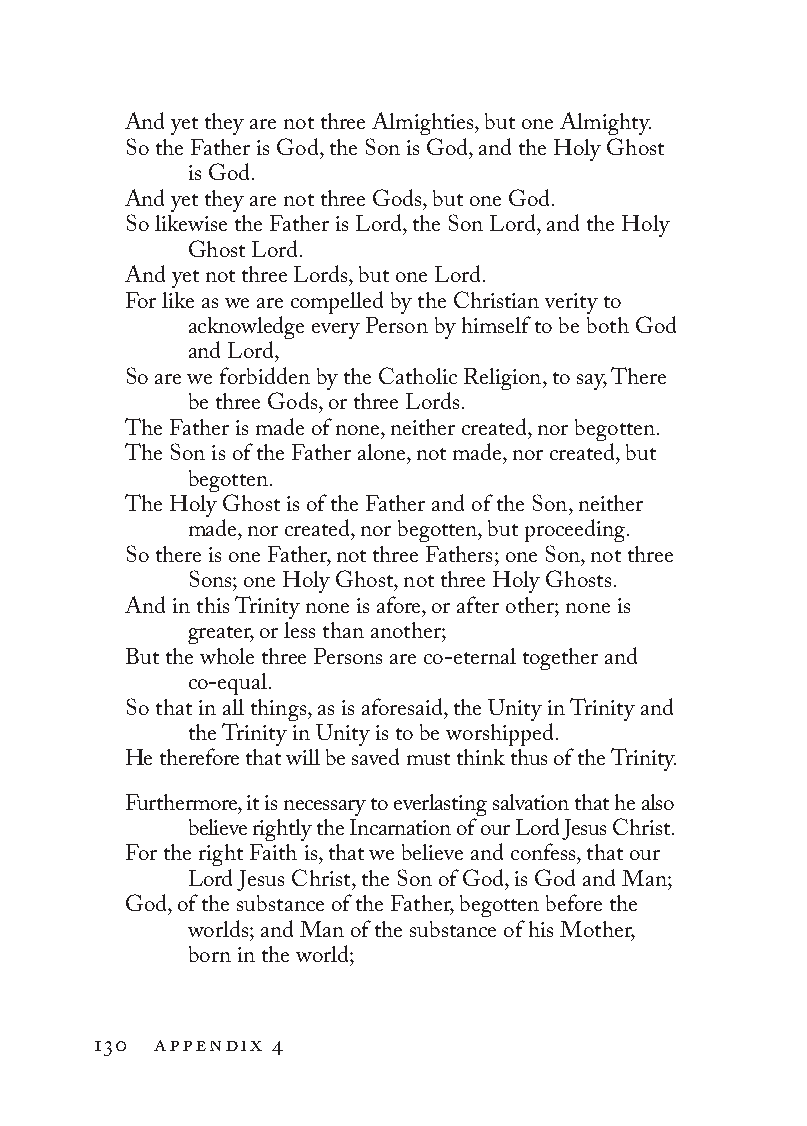
And yet they are not three Almighties, but one Almighty.
 So the Father is God, the Son is God, and the Holy Ghost
 is God.
 And yet they are not three Gods, but one God.
 So likewise the Father is Lord, the Son Lord, and the Holy
 Ghost Lord.
 And yet not three Lords, but one Lord.
 For like as we are compelled by the Christian verity to
 acknowledge every Person by himself to be both God
 and Lord,
 So are we forbidden by the Catholic Religion, to say, There
 be three Gods, or three Lords.
 The Father is made of none, neither created, nor begotten.
 The Son is of the Father alone, not made, nor created, but
 begotten.
 The Holy Ghost is of the Father and of the Son, neither
 made, nor created, nor begotten, but proceeding.
 So there is one Father, not three Fathers; one Son, not three
 Sons; one Holy Ghost, not three Holy Ghosts.
 And in this Trinity none is afore, or after other; none is
 greater, or less than another;
 But the whole three Persons are co-eternal together and
 co-equal.
 So that in all things, as is aforesaid, the Unity in Trinity and
 the Trinity in Unity is to be worshipped.
 He therefore that will be saved must think thus of the Trinity.
 Furthermore, it is necessary to everlasting salvation that he also
 believe rightly the Incarnation of our Lord Jesus Christ.
 For the right Faith is, that we believe and confess, that our
 Lord Jesus Christ, the Son of God, is God and Man;
 God, of the substance of the Father, begotten before the
 worlds; and Man of the substance of his Mother,
 born in the world;
 130 appendix 4
 To be a Christian.566776.int.indd 130       11/13/19 1:31 PM